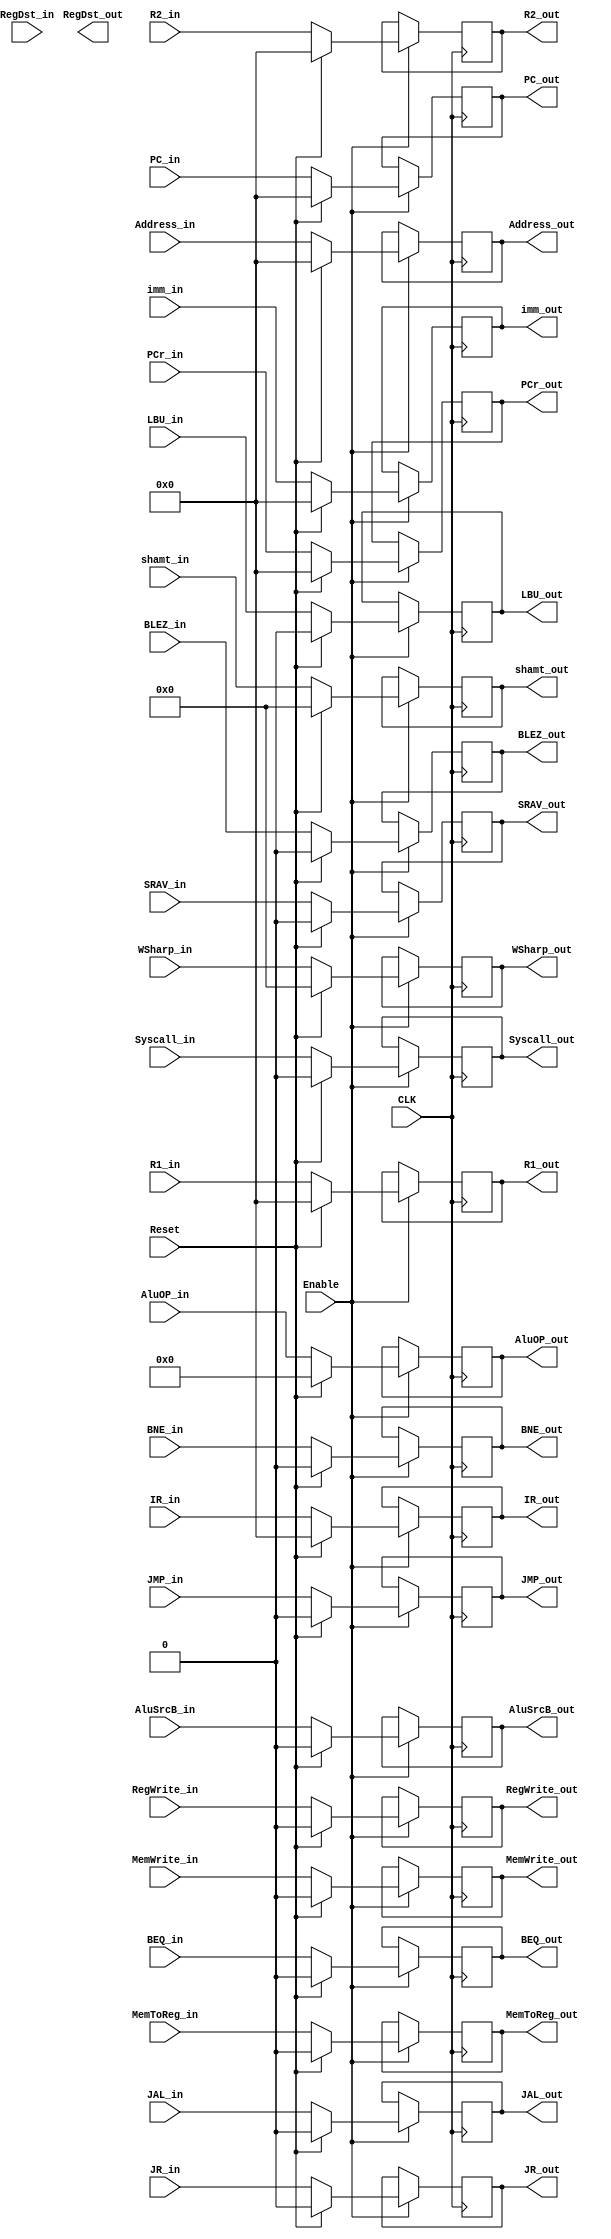
`timescale 1ns / 1ps
//////////////////////////////////////////////////////////////////////////////////
// Company: 
// Engineer: 
// 
// Design Name: 
// Module Name: ID_EX
// Project Name: 
// Target Devices: 
// Tool Versions: 
// Description: 
// 
// Dependencies: 
// 
// Revision:
// Revision 0.01 - File Created
// Additional Comments:
// 
//////////////////////////////////////////////////////////////////////////////////


module ID_EX(
input CLK,input Reset,input SRAV_in,output reg SRAV_out,input BLEZ_in,output reg BLEZ_out,
input LBU_in,output reg LBU_out,input JR_in,output reg JR_out,input JMP_in,output reg JMP_out,
input BEQ_in,output reg BEQ_out,input BNE_in,output reg BNE_out,input MemToReg_in,output reg MemToReg_out,
input MemWrite_in,output reg MemWrite_out,input [3:0] AluOP_in,output reg [3:0] AluOP_out,
input AluSrcB_in,output reg AluSrcB_out,input RegWrite_in,output reg RegWrite_out,input JAL_in,output reg JAL_out,
input RegDst_in,output reg RegDst_out,input Syscall_in,output reg Syscall_out,
input [31:0] R1_in,output reg [31:0] R1_out,input [31:0] R2_in,output reg [31:0] R2_out,
input [31:0] PCr_in,output reg [31:0] PCr_out,input [31:0] IR_in,output reg [31:0] IR_out,
input [4:0] WSharp_in,output reg [4:0] WSharp_out,input [31:0] PC_in,output reg [31:0] PC_out,
input [31:0] imm_in,output reg [31:0] imm_out,input [31:0] Address_in,output reg [31:0] Address_out,
input [4:0] shamt_in,output reg [4:0] shamt_out,input Enable
    );
    initial begin
        SRAV_out <= 0;
        BLEZ_out <= 0;
        LBU_out <= 0;
        JR_out <= 0;
        JMP_out <= 0;
        BEQ_out <= 0;
        BNE_out <= 0;
        MemToReg_out <= 0;
        MemWrite_out <= 0;
        AluOP_out <= 4'b0000;
        AluSrcB_out <= 0;
        RegWrite_out <= 0;
        JAL_out <= 0;
        R1_out <= 32'h00000000;
        R2_out <= 32'h00000000;
        PCr_out <= 32'h00000000;
        IR_out <= 32'h00000000;
        WSharp_out <= 5'b00000;
        PC_out <= 32'h00000000;
        imm_out <= 32'h00000000;
        Address_out <= 32'h00000000;
        shamt_out <= 5'b00000;
        Syscall_out <= 0;
    end
    
always @(posedge CLK) begin
    if(Enable) begin
        if(Reset) begin
            SRAV_out <= 0;
            BLEZ_out <= 0;
            LBU_out <= 0;
            JR_out <= 0;
            JMP_out <= 0;
            BEQ_out <= 0;
            BNE_out <= 0;
            MemToReg_out <= 0;
            MemWrite_out <= 0;
            AluOP_out <= 4'b0000;
            AluSrcB_out <= 0;
            RegWrite_out <= 0;
            JAL_out <= 0;
            R1_out <= 32'h00000000;
            R2_out <= 32'h00000000;
            PCr_out <= 32'h00000000;
            IR_out <= 32'h00000000;
            WSharp_out <= 5'b00000;
            PC_out <= 32'h00000000;
            imm_out <= 32'h00000000;
            Address_out <= 32'h00000000;
            shamt_out <= 5'b00000;
            Syscall_out <= 0;
        end
        else begin
            SRAV_out <= SRAV_in;
            BLEZ_out <= BLEZ_in;
            LBU_out <= LBU_in;
            JR_out <= JR_in;
            JMP_out <= JMP_in;
            BEQ_out <= BEQ_in;
            BNE_out <= BNE_in;
            MemToReg_out <= MemToReg_in;
            MemWrite_out <= MemWrite_in;
            AluOP_out <= AluOP_in;
            AluSrcB_out <= AluSrcB_in;
            RegWrite_out <= RegWrite_in;
            JAL_out <= JAL_in;
            R1_out <= R1_in;
            R2_out <= R2_in;
            PCr_out <= PCr_in;
            IR_out <= IR_in;
            WSharp_out <= WSharp_in;
            PC_out <= PC_in;
            imm_out <= imm_in;
            shamt_out <= shamt_in;
            Address_out <= Address_in;
            Syscall_out <= Syscall_in;
        end
    end
    else begin
        SRAV_out <= SRAV_out;
        BLEZ_out <= BLEZ_out;
        LBU_out <= LBU_out;
        JR_out <= JR_out;
        JMP_out <= JMP_out;
        BEQ_out <= BEQ_out;
        BNE_out <= BNE_out;
        MemToReg_out <= MemToReg_out;
        MemWrite_out <= MemWrite_out;
        AluOP_out <= AluOP_out;
        AluSrcB_out <= AluSrcB_out;
        RegWrite_out <= RegWrite_out;
        JAL_out <= JAL_out;
        R1_out <= R1_out;
        R2_out <= R2_out;
        PCr_out <= PCr_out;
        IR_out <= IR_out;
        WSharp_out <= WSharp_out;
        PC_out <= PC_out;
        imm_out <= imm_out;
        shamt_out <= shamt_out;
        Address_out <= Address_out;
        Syscall_out <= Syscall_out;
    end
end
endmodule